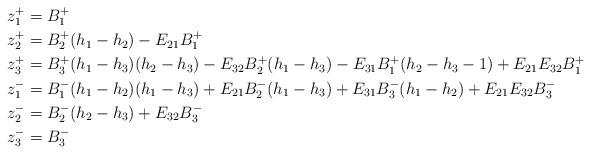
LaTeX: \begin{align*}z_1^+&= B_1^+\\z_2^+&= B_2^+(h_1-h_2) -E_{21}B_1^+\\z_3^+&= B_3^+(h_1-h_3)(h_2-h_3) -E_{32}B_2^+(h_1-h_3) -E_{31}B_1^+(h_2-h_3-1) + E_{21}E_{32}B_1^+\\z_1^-&= B_1^-(h_1-h_2)(h_1-h_3) + E_{21}B_2^-(h_1-h_3) +E_{31}B_3^-(h_1-h_2) + E_{21}E_{32}B_3^-\\z_2^-&= B_2^-(h_2-h_3) +E_{32}B_3^-\\z_3^-&= B_3^-\end{align*}